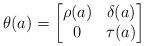
LaTeX: \begin{align*}\theta(a) = \begin{bmatrix} \rho(a) & \delta(a) \\ 0 & \tau(a) \end{bmatrix} \end{align*}